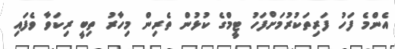
އެންމެ ފަހު ފަރިތަކުރުމަށްފަހު ޓީމްގެ ކުޅުން ތެރިން މިހާރު ތިބީ ރިކަވާ ވެފައި